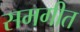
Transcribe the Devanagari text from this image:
समगीत